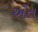
અઁત